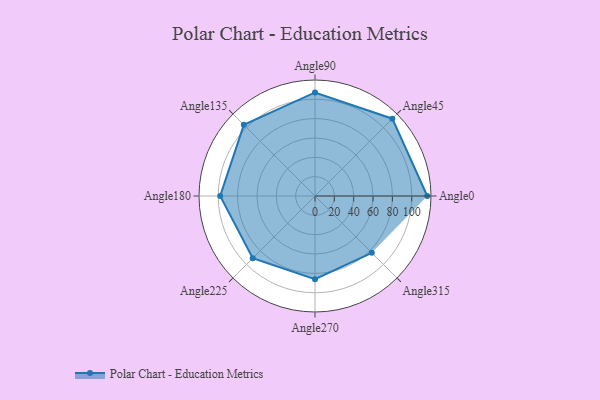
{"axis": {"x": "Angle", "y": "Radius"}, "legend": [""], "data": [{"x": "Angle0", "y": 116.0, "type": ""}, {"x": "Angle45", "y": 113.0, "type": ""}, {"x": "Angle90", "y": 107.0, "type": ""}, {"x": "Angle135", "y": 104.0, "type": ""}, {"x": "Angle180", "y": 98.0, "type": ""}, {"x": "Angle225", "y": 91.0, "type": ""}, {"x": "Angle270", "y": 86.0, "type": ""}, {"x": "Angle315", "y": 83.0, "type": ""}]}